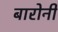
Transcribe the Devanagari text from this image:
बारोनी